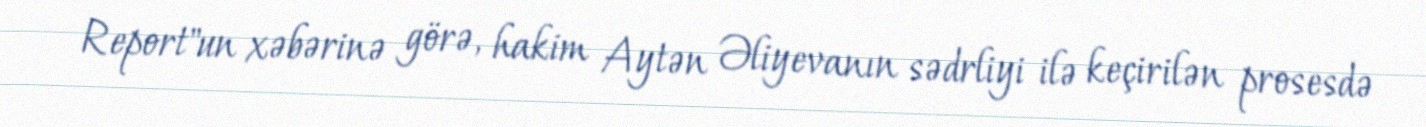
Report"un xəbərinə görə, hakim Aytən Əliyevanın sədrliyi ilə keçirilən prosesdə